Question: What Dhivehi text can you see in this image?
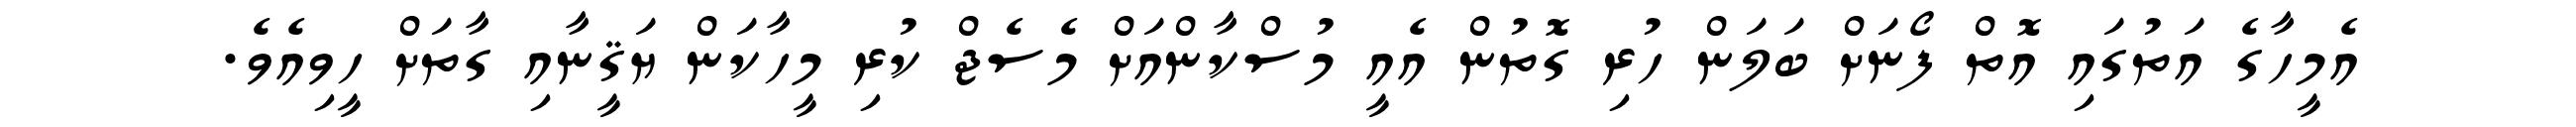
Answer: އެމީހާގެ އަތުގައި އޮތް ފޯނަށް ބަލަން ހުރި ގޮތުން އެއީ މުސްކާންއަށް މެސެޖް ކުރި މީހާކަން ޔަޤީނާއި ގާތަށް ހީވިއެވެ.